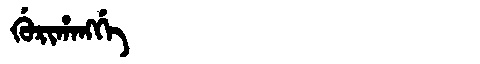
Manchu: ᡤᡠᡵᡳᡥᠠᠩᡤᡝ
Romanization: GURIHANGGE